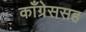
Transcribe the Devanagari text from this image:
काँग्रेससह